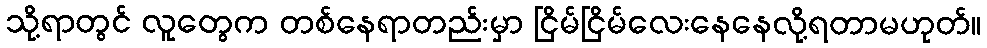
သို့ရာတွင် လူတွေက တစ်နေရာတည်းမှာ ငြိမ်ငြိမ်လေးနေနေလို့ရတာမဟုတ်။